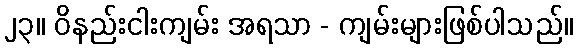
၂၃။ ဝိနည်းငါးကျမ်း အရသာ - ကျမ်းများဖြစ်ပါသည်။